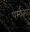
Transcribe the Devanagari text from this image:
पर्मात्मा